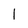
Character: l